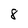
Character: 8